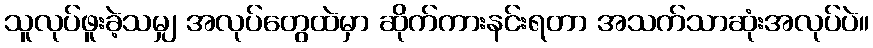
သူလုပ်ဖူးခဲ့သမျှ အလုပ်တွေထဲမှာ ဆိုက်ကားနင်းရတာ အသက်သာဆုံးအလုပ်ပဲ။